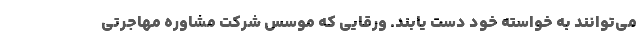
می‌توانند به خواسته خود دست یابند. ورقایی که موسس شرکت مشاوره مهاجرتی